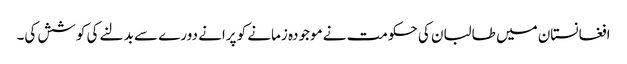
افغانستان میں طالبان کی حکومت نے موجودہ زمانے کو پرانے دورے سے بدلنے کی کوشش کی۔